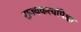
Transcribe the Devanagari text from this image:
राज्यकर्त्यांपेक्षा